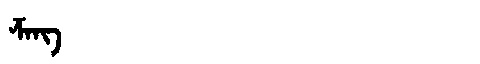
Manchu: ᡯᠠᠩ
Romanization: DZANG